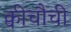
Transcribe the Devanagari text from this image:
क्वीचौची